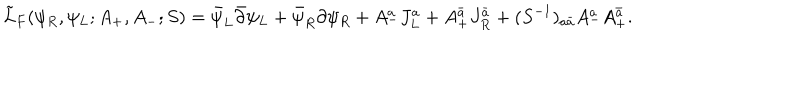
\tilde { L } _ { F } ( \psi _ { R } , \psi _ { L } ; A _ { + } , A _ { - } ; S ) = \bar { \psi } _ { L } \bar { \partial } \psi _ { L } + \bar { \psi } _ { R } \partial \psi _ { R } + A _ { - } ^ { a } J _ { L } ^ { a } + A _ { + } ^ { \bar { a } } J _ { R } ^ { \bar { a } } + ( S ^ { - 1 } ) _ { a \bar { a } } A _ { - } ^ { a } A _ { + } ^ { \bar { a } } .